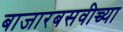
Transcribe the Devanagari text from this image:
बाजारबसवीच्च्या